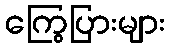
ကြွေပြားများ